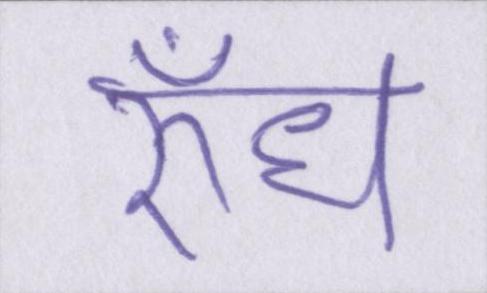
रुँध